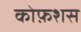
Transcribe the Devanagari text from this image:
कोफ़शस